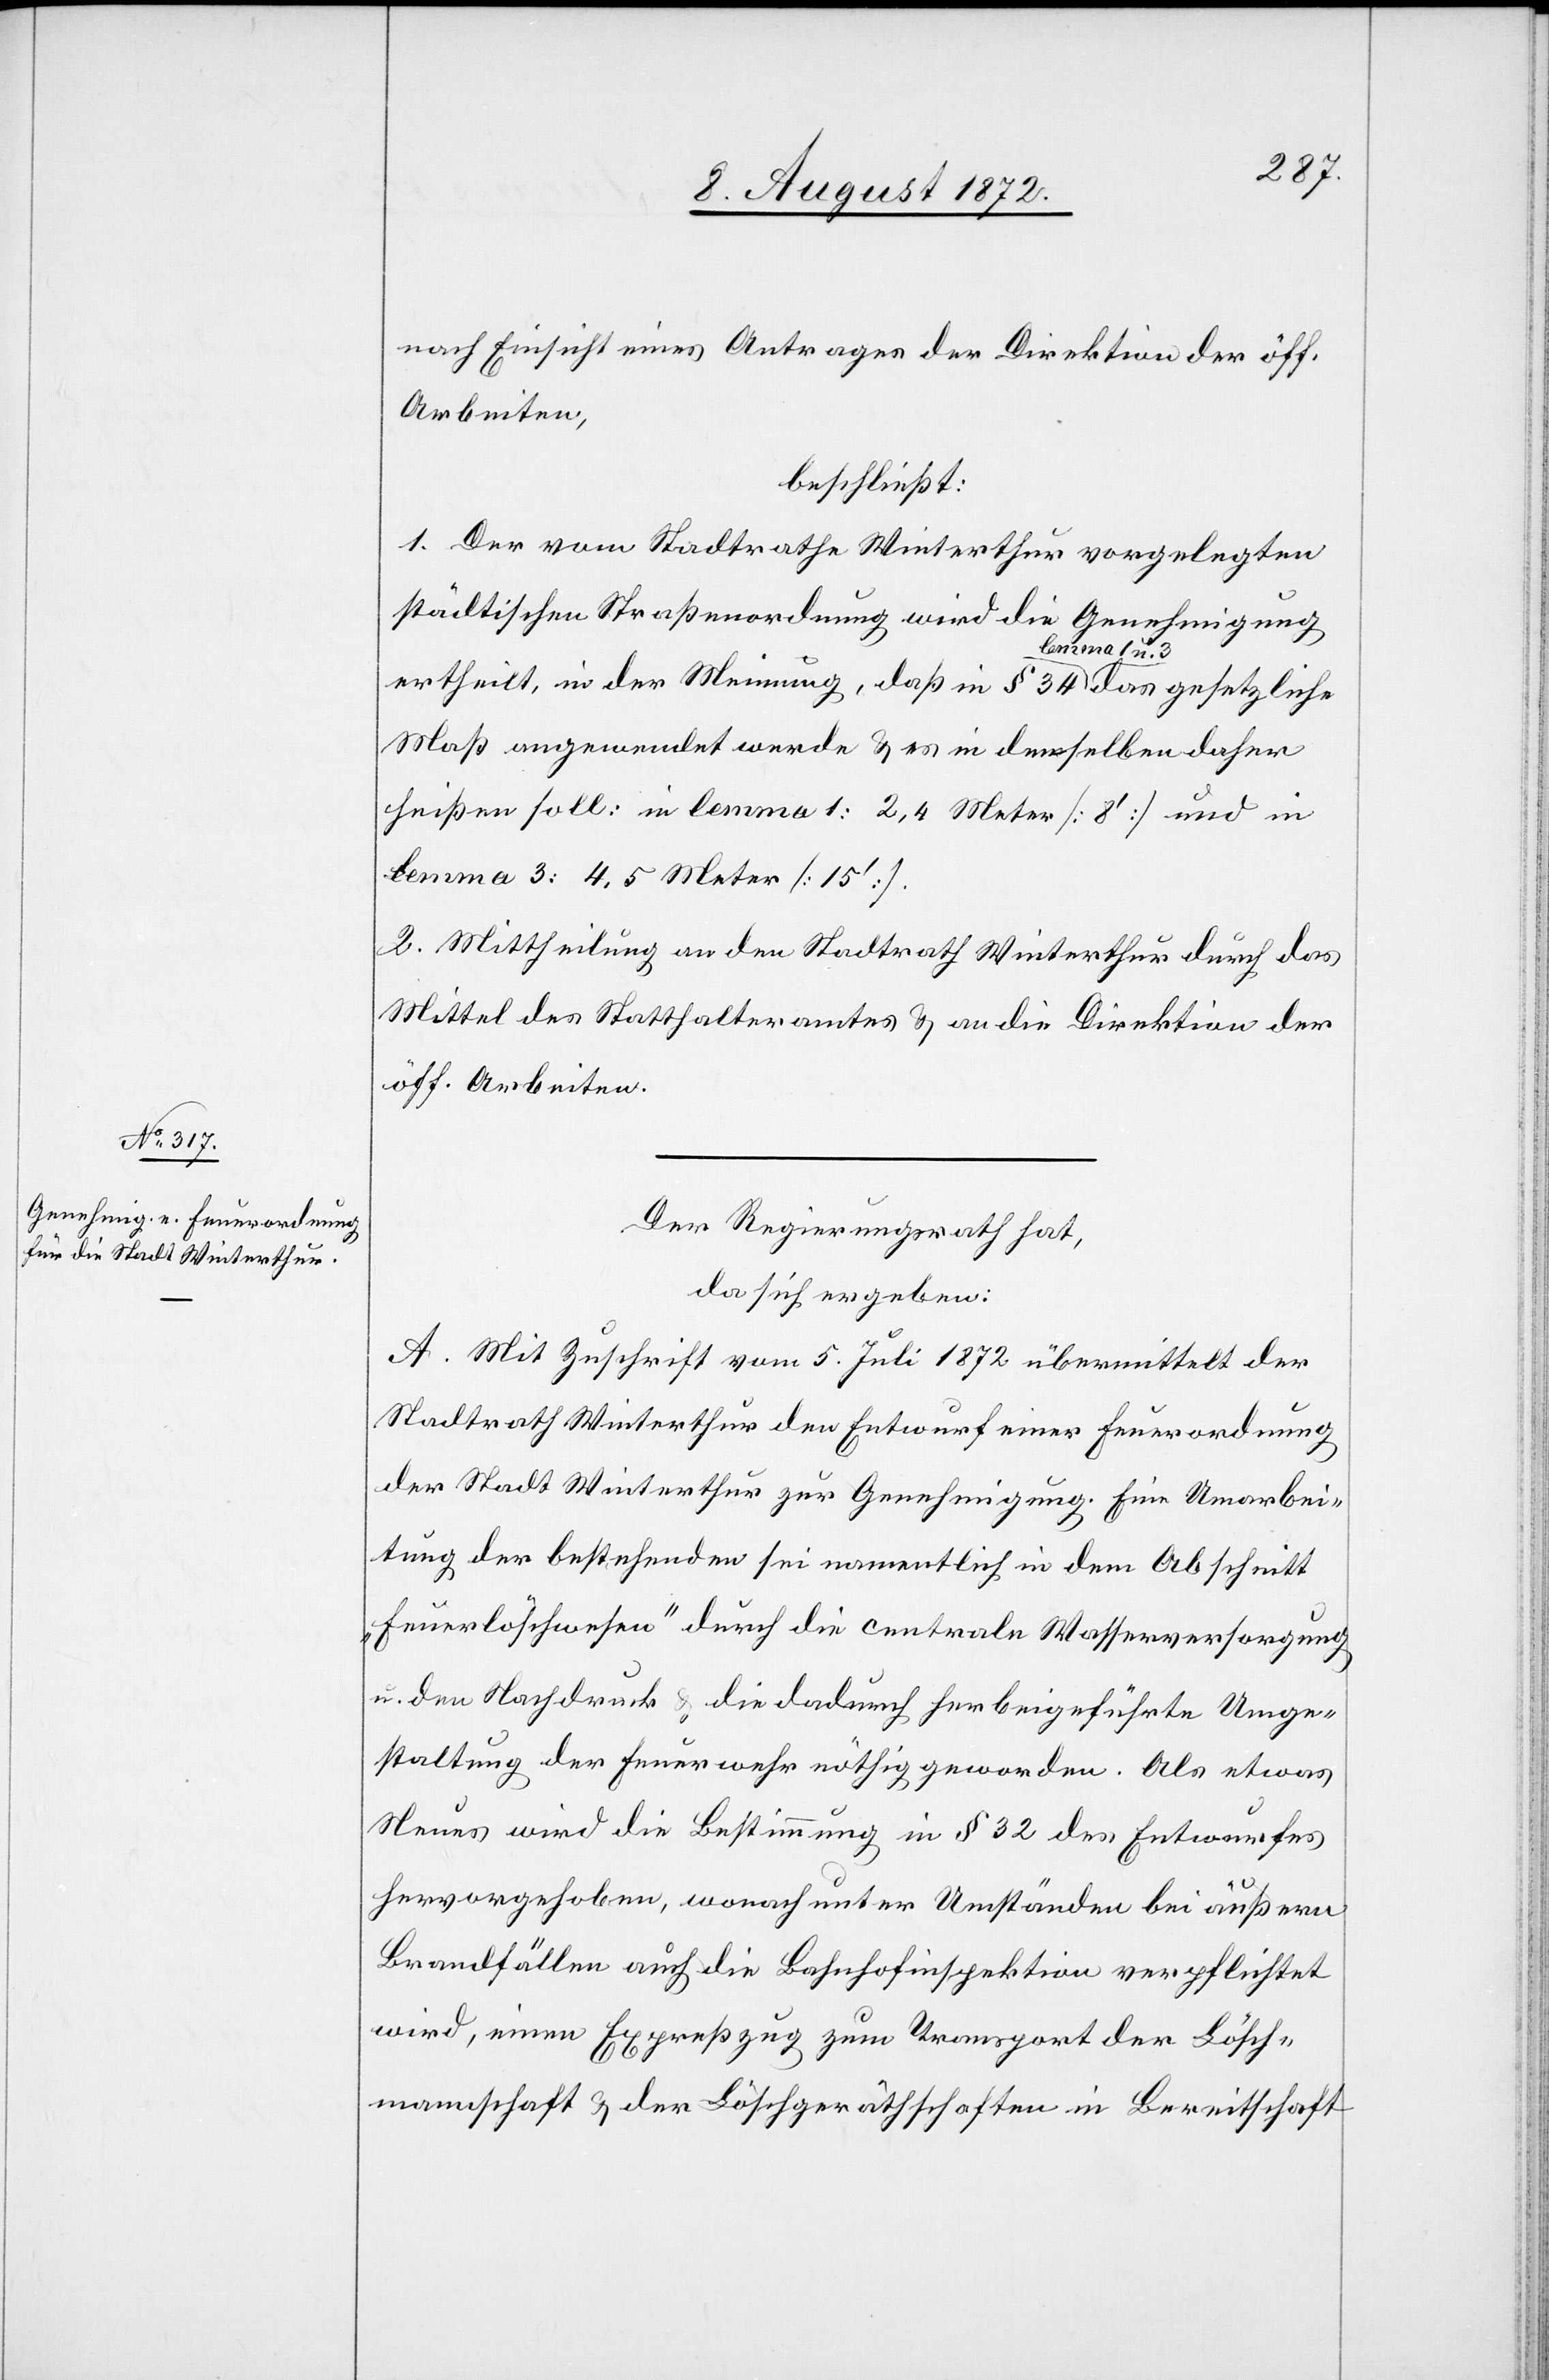
nach Einsicht eines Antrages der Direktion der öff.
Arbeiten,
beschließt:
1. Der vom Stadtrathe Winterthur vorgelegten
städtischen Straßenordnung wird die Genehmigung
ertheilt, in der Meinung, daß in § 34 lemma 1 u. 3 das gesetzliche
Maß angewendet werde u. es in denselben daher
heißen soll: in lemma 1: 2,4 Meter [8’] und in
lemma 3: 4,5 Meter [15’].
2. Mittheilung an den Stadtrath Winterthur durch das
Mittel des Statthalteramtes u. an die Direktion der
öff. Arbeiten.
Der Regierungsrath hat,
da sich ergeben:
A. Mit Zuschrift vom 5. Juli 1872 übermittelt der
Stadtrath Winterthur den Entwurf einer Feuerordnung
der Stadt Winterthur zur Genehmigung. Eine Umarbei¬
tung der bestehenden sei namentlich in dem Abschnitt
„Feuerlöschwesen“ durch die centrale Wasserversorgung
u. den Nachdruck u. die dadurch herbeigeführte Umge¬
staltung der Feuerwehr nöthig geworden. Als etwas
Neuer wird die Bestimmung in § 32 des Entwurfes
hervorgehoben, wonach unter Umständen bei äußern
Brandfällen auch die Bahnhofinspektion verpflichtet
wird, einen Expreßzug zum Transport der Lösch¬
mannschaft u. der Löschgeräthschaften in Bereitschaft